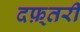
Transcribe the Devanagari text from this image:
दफ़्तरी